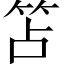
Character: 笘